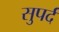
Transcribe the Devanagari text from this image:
सुपर्द